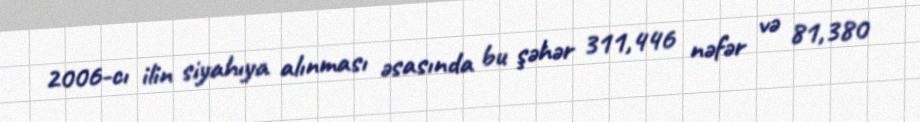
2006-cı ilin siyahıya alınması əsasında bu şəhər 311,446 nəfər və 81,380